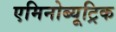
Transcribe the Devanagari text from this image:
एमिनोब्यूट्रिक